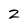
Character: 2